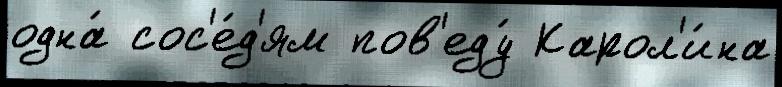
одна́ сос'е́д'ям пов'еду́ Карол'и́на